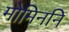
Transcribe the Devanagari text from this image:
मोमिननि